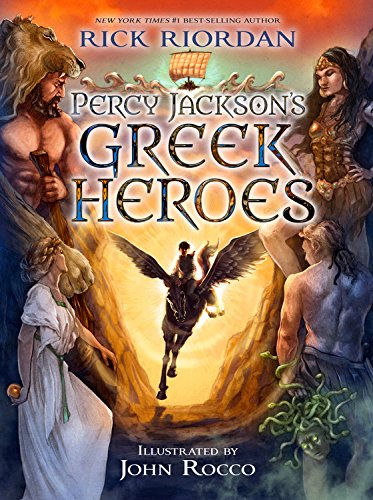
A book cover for Percy Jackson's Greek Heroes; Rick Riordan; Children's Books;